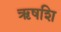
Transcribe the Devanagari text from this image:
ऋषशि